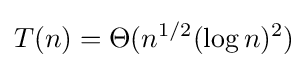
T(n)=\Theta (n^{1/2}(\log n)^{2})